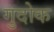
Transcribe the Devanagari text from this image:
गुदोक